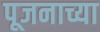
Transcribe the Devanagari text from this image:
पूजनाच्या